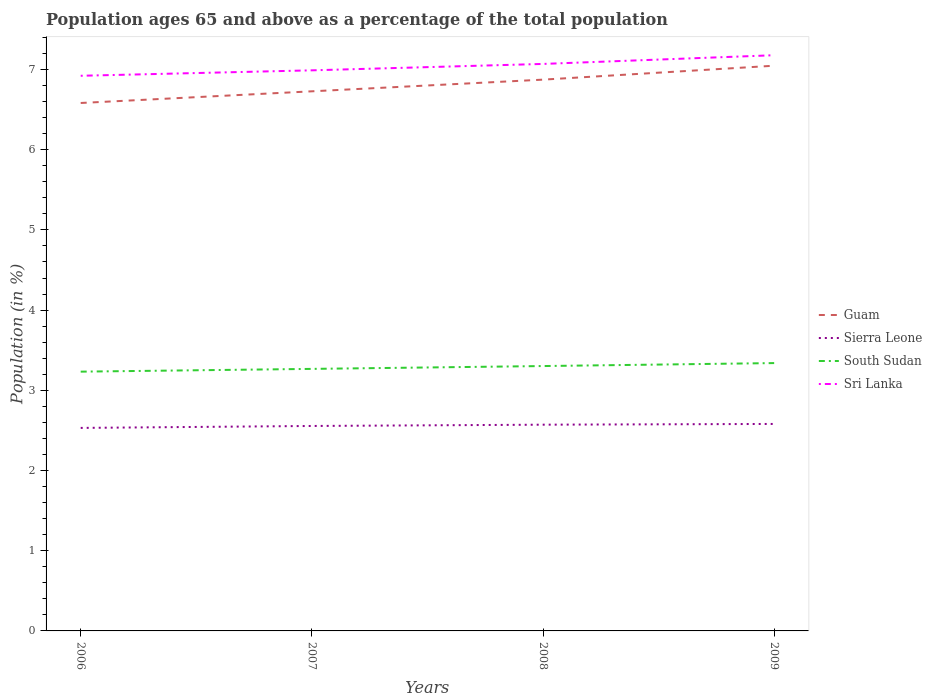
| Years | Guam | Sierra Leone | South Sudan | Sri Lanka |
 | --- | --- | --- | --- | --- |
 | 2006 | 6.58 | 2.53 | 3.23 | 6.92 |
 | 2007 | 6.73 | 2.56 | 3.27 | 6.99 |
 | 2008 | 6.87 | 2.57 | 3.3 | 7.07 |
 | 2009 | 7.05 | 2.58 | 3.34 | 7.18 |